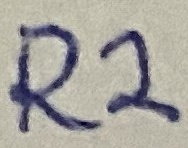
Text: R2